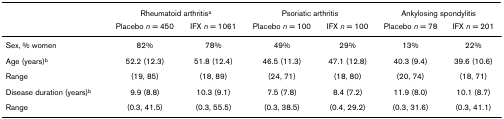
|  | <COLSPAN=2> Rheumatoid arthritisa | <COLSPAN=2> Psoriatic arthritis | <COLSPAN=2> Ankylosing spondylitis |
 |  | Placebo n = 450 | IFX n = 1061 | Placebo n = 100 | IFX n = 100 | Placebo n = 78 | IFX n = 201 |
 | --- | --- | --- | --- | --- | --- | --- |
 | Sex, % women | 82% | 78% | 49% | 29% | 13% | 22% |
 | Age (years)b | 52.2 (12.3) | 51.8 (12.4) | 46.5 (11.3) | 47.1 (12.8) | 40.3 (9.4) | 39.6 (10.6) |
 | Range | (19, 85) | (18, 89) | (24, 71) | (18, 80) | (20, 74) | (18, 71) |
 | Disease duration (years)b | 9.9 (8.8) | 10.3 (9.1) | 7.5 (7.8) | 8.4 (7.2) | 11.9 (8.0) | 10.1 (8.7) |
 | Range | (0.3, 41.5) | (0.3, 55.5) | (0.3, 38.5) | (0.4, 29.2) | (0.3, 31.6) | (0.3, 41.1) |